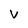
Character: V